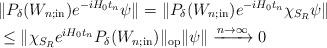
LaTeX: \begin{align*} &\|P_{\delta }(W_{n;\textrm{in}})e^{-iH_0t_n}\psi \|=\|P_{\delta }(W_{n;\textrm{in}})e^{-iH_0t_n}\chi_{S_R}\psi \|\\ &\leq \|\chi_{S_R} e^{iH_0t_n}P_{\delta }(W_{n;\textrm{in}})\|_\textrm{op} \|\psi\|\xrightarrow{n\rightarrow \infty }0\end{align*}